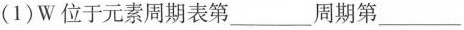
(1)W位于元素周期表第___周期第___